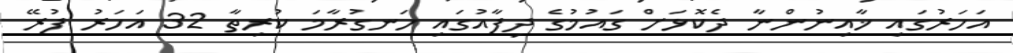
އަހަރުގައި ޚާއިނުންނާ ދެކޮޅަށް ގައުމުގެ ދިފާއުގައި ހަނގުރާމަ ކުރިތާ 32 އަހަރު ފުރޭ